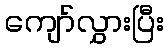
ကျော်လွှားပြီး